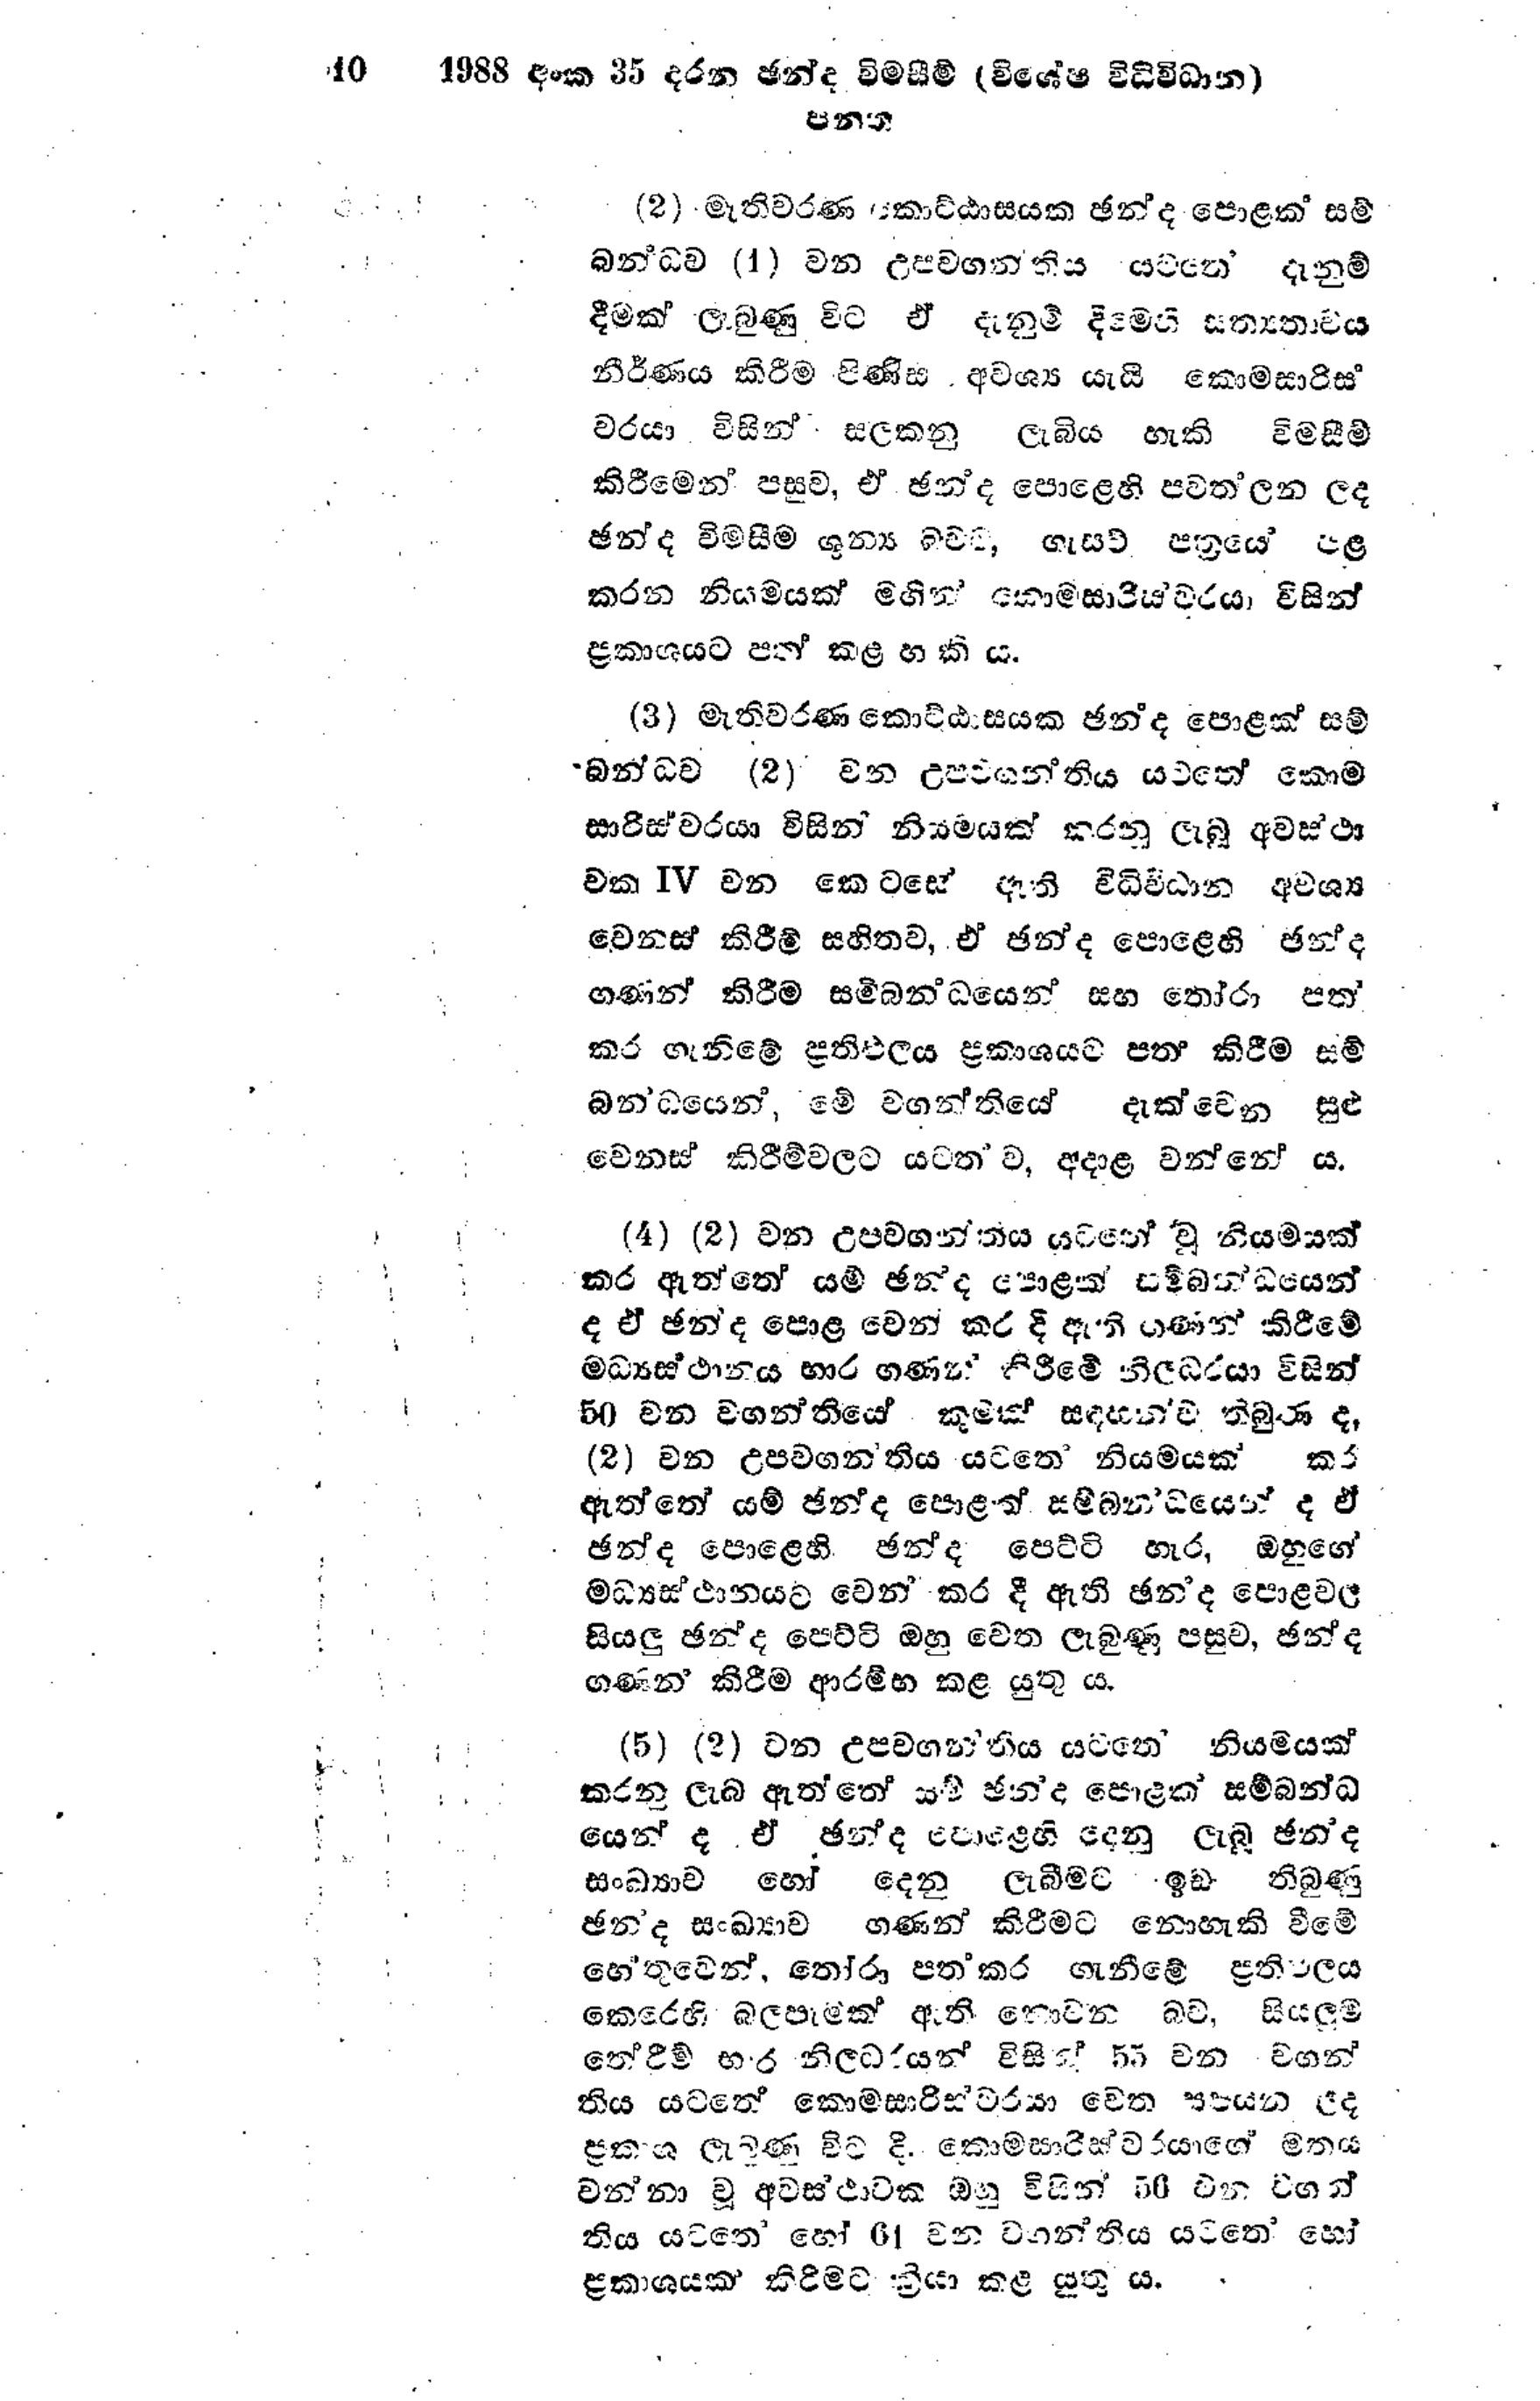
40 1988 අංක 35 දරන ඡන්ද විමසීම් (විශේෂ විධිවිධාන)
පනත

(2) මැතිවරණ කොට්ඨාසයක ඡන්ද පොළක සම්
බන්ධව (1) වන උපවගන්තිය යටතේ දැනුම්
දීමක් ලැබුණු විට ඒ දැනුම් දීමෙහි සත්‍යතාවය
නීර්ණය කිරීම පිණිස අවශ්‍ය යැයි කොමසාරිස්
වරයා විසින් සලකනු ලැබිය හැකි විමසීම්
කිරීමෙන් පසුව, ඒ ඡන්ද පොළෙහි පවත්ලන ලද
ඡන්ද විමසීම ශුන්‍ය බව,ගැසට් පත්‍රයේ පළ
කරන නියමයක් මගින් කොමසාරිස්වරයා විසින්
ප්‍රකාශයට පත් කළ හැකි ය.

(3) මැතිවරණ කොට්ඨාසයක ඡන්ද පොළක් සම්
බන්ධව (2) වන උපවගන්තිය යටතේ කොම
සාරිස්වරයා විසින් නියමයක් කරනු ලැබූ අවස්ථා
වක IV වන කෙටසේ ඇති විධි විධාන අවශ්‍ය
වෙනස් කිරීම් සහිතව, ඒ ඡන්ද පොළෙහි ඡන්ද
ගණන් කිරීම සම්බන්ධයෙන් සහ තෝරා පත
කර ගැනිමේ ප්‍රතිඵලය ප්‍රකාශයට පත කිරීම සම්
බන්ධයෙන්, මේ වගන්තියේ දැක්වෙන සුළු
වෙනස් කිරීම් වලට යටත ව, අදාළ වන්නේ ය.

(4) (2) වන උපවගන්තිය යටතේ වූ නියමයක්
කර ඇත්තේ යම් ඡන්ද පොළක් සම්බන්ධයෙන්
ද ඒ ඡන්ද පොළ වෙන් කර දී ඇති ගණන් කිරීමේ
මධ්‍යස්ථානය භාර ගණන් කිරීමේ නිලධරයා විසින්
50 වන වගන්තියේ කුමක් සඳහන්ව තිබුණ ද,
(2) වන උපවගන්තිය යටතේ නියමයක් කර
ඇත්තේ යම් ඡන්ද පොළක් සම්බන්ධයෙන් ද ඒ
ඡන්ද පොළෙහි ඡන්ද පෙට්ටි හැර, ඔහුගේ
මධ්‍යස්ථානයට වෙන් කර දී ඇති ඡන්ද පොළවල
සියලු ඡන්ද පෙට්ටි ඔහු වෙත ලැබුණු පසුව, ඡන්ද
ගණන් කිරීම ආරම්භ කළ යුතු ය.

(5) (2) වන උපවගන්තිය යටතේ නියමයක්
කරනු ලැබ ඇත්තේ යම් ඡන්ද පොළක් සම්බන්ධ
යෙන්ද ඒ ඡන්ද පොළෙහි දෙනු ලැබූ ඡන්ද
සංඛ්‍යාව හෝ දෙනු ලැබීමට ඉඩ තිබුණු
ඡන්ද සංඛ්‍යාව ගණන් කිරීමට නොහැකි වීමේ
හේතුවෙන්, තෝරා පත‍් කර ගැනීමේ ප්‍රතිඵලය
කෙරෙහි බලපෑමක් ඇති නොවන බව, සියලුම
තේරීම් භාර නිලධරයන් විසින් 55 වන වගන්
තිය යටතේ කොමසාරිස්වරයා වෙත සපයන ලද
ප්‍රකාශ ලැබුණු විට දී. කොමසාරිස්වරයාගේ මතය
වන්නා වූ අවස්ථාවක ඔහු විසින් 56 වන වගන්
තිය යටතේ හෝ 61 වන වගන්තිය යටතේ හෝ
ප්‍රකාශයක් කිරීමට ක්‍රියා කළ යුතු ය.